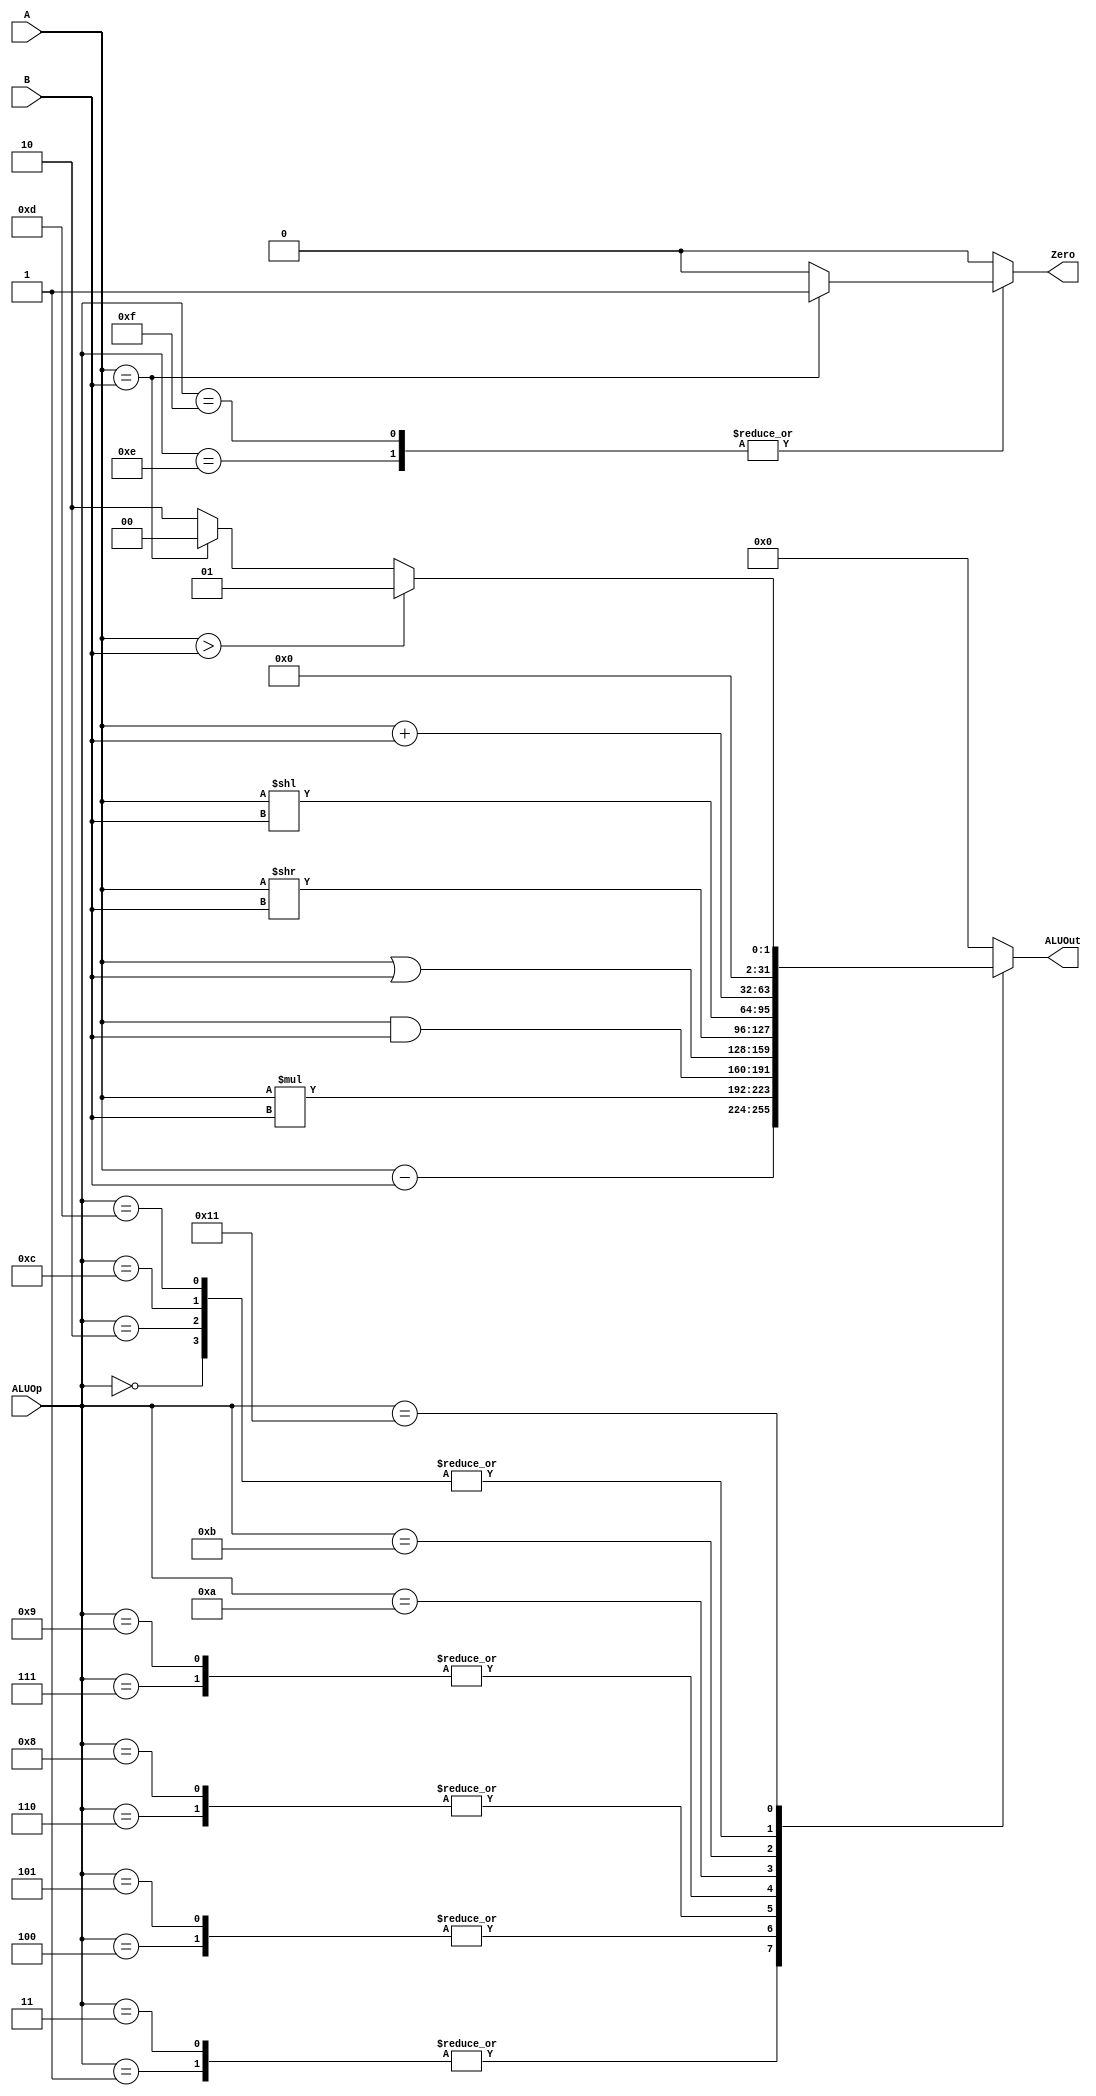
module ALU(A, B, ALUOp , ALUOut, Zero);

    output reg [31:0] ALUOut;
	 output reg [0:0] Zero;
    input [31:0] A, B;
    input [4:0] ALUOp;
	 
	parameter ADD = 5'd0;
   parameter SUB = 5'd1;
   parameter ADDI  = 5'd2;
	parameter SUBI = 5'd3;
	parameter MLT = 5'd4;
   parameter MLTI = 5'd5;
   parameter AND = 5'd6;
	parameter OR = 5'd7;
	parameter ANDI = 5'd8;
	parameter ORI = 5'd9;
	parameter SLR = 5'd10;
	parameter SLL = 5'd11;
	parameter LDR = 5'd12;
	parameter STR = 5'd13;
	parameter BNE = 5'd14;
	parameter BEQ = 5'd15;
	parameter J = 5'd16;
	parameter CMP = 5'd17;
	parameter NOP = 5'b11111;
	
	parameter on = 1'd1; 
	parameter off = 1'd0;
	 
	 
	 
	 initial begin
		ALUOut=32'd0;
		Zero=1'd0;
	 end
	 
    always @ (A or B or ALUOp) begin
			  case (ALUOp)
					ADD:
						begin 
							ALUOut = A+B; 
							Zero=off;
						end 
					SUB:
						begin 
							ALUOut = A-B;
							Zero=off;
						end
					ADDI: 
						begin 
							ALUOut = A+B; 
							Zero=off;
						end
					SUBI: 
						begin 
							ALUOut = A-B;
							Zero=off;	
						end
					MLT: 
						begin 
							ALUOut = A*B;
							Zero=off;
						end
					MLTI: 
						begin 
							ALUOut = A*B;
							Zero=off;
						end
					AND: 
						begin 
							ALUOut = A&B;
							Zero=off;
						end
					OR:
						begin 
							ALUOut = A|B;
							Zero=off;
						end
					ANDI: 
						begin 
							ALUOut = A&B;
							Zero=off;
						end
					ORI: 
						begin 
							ALUOut = A|B; 
							Zero=off;
						end
					SLR:
						begin 
							ALUOut = A>>B; 
							Zero=off;
						end
					SLL: 
						begin 
							ALUOut = A<<B; 
							Zero=off;
						end
					LDR:
						begin 
							ALUOut = A+B; 
							Zero=off;
						end
					STR: 
						begin 
							ALUOut = A+B; 
							Zero=off;
						end
					BNE: 
						begin
							ALUOut = 32'd0;
							if(A==B) Zero=on;
							else Zero=off;
						end
					BEQ:
						begin
							ALUOut = 32'd0;
							if (A==B) Zero=on;
							else Zero=off;
						end
					CMP:
						begin
							if (A>B) ALUOut=2'd1;
							else if(A==B) ALUOut=2'd0;
							else ALUOut=2'd2;
							Zero=off;
						end 
					default: 
						begin
							ALUOut = 32'd0;
							Zero=off;
						end 
			  endcase
    end
endmodule